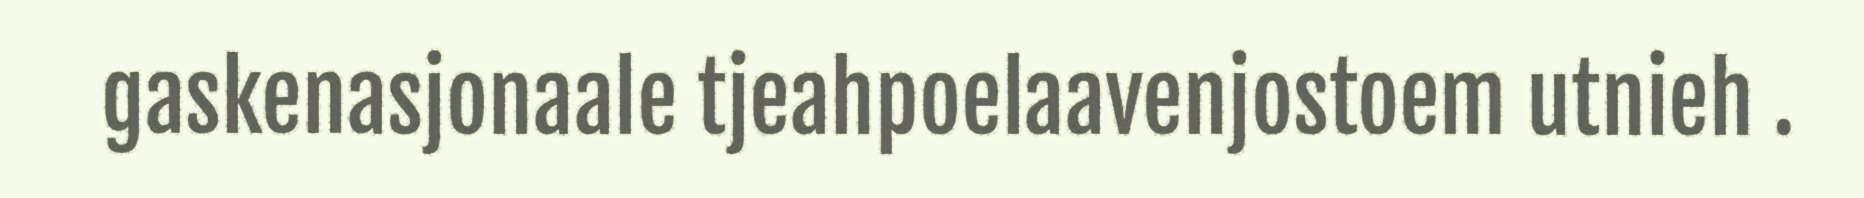
gaskenasjonaale tjeahpoelaavenjostoem utnieh .